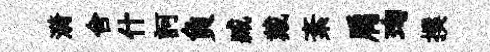
漪舍什訶負臧戴紊肩珣撰